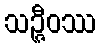
သဉ္ဇီဝဿ